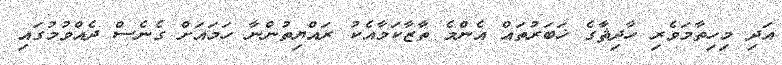
އަދި މިހިތާމަވެރި ހާދިޘާގެ ޚަބަރުތައް އެންމެ ތާޒާކަމާއެކު ރައްޔިތުންނާ ހަމައަށް ގެނެސް ދެއްވުމުގައި